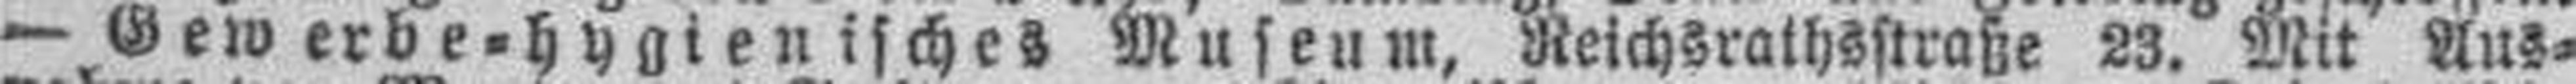
— Gewerbe=hygienisches Museum, Reichsrathsstraße 23. Mit Aus¬